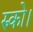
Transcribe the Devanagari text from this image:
रुको।